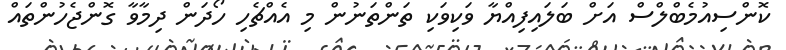
ކޮންސިއުމެބްލްސް އަށް ބަލައިފިއްޔާ ވަކިވަކި ތަންތަނުން މި އެއްޗެހި ހޯދަން ދިމާވާ ގޮންޖެހުންތައް